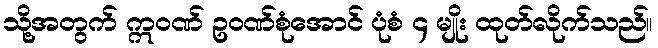
သို့အတွက် ဣဝဏ် ဥဝဏ်စုံအောင် ပုံစံ ၄ မျိုး ထုတ်လိုက်သည်။